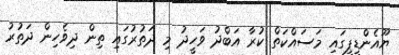
ޔޫއެންޑީޕީގައި މަސައްކަތް ކުރާ އަބްދު ވަހީދު މި ދަތުރުގައި ތިން ދިވެހިން ދަތުރު